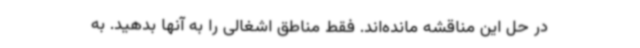
در حل این مناقشه مانده‌اند. فقط مناطق اشغالی را به آنها بدهید. به